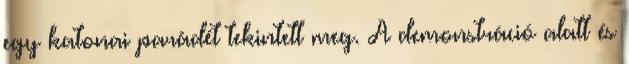
egy katonai parádét tekintett meg. A demonstráció alatt és